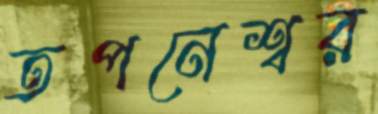
তপনেশ্বর